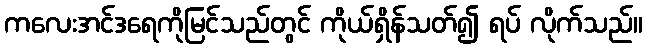
ကလေးအင်ဒရေကိုမြင်သည်တွင် ကိုယ်ရှိန်သတ်၍ ရပ် လိုက်သည်။